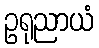
ဥရုညာယံ